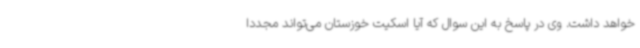
خواهد داشت. وی در پاسخ به این سوال که آیا اسکیت خوزستان می‌تواند مجددا